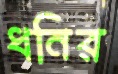
ধনির